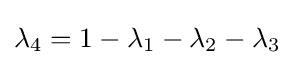
\lambda _{4}=1-\lambda _{1}-\lambda _{2}-\lambda _{3}